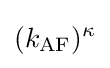
(k_{\mathrm {AF} })^{\kappa }